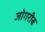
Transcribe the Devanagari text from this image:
जोगरीब